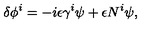
\delta \phi ^ { i } = - i \epsilon \gamma ^ { i } \psi + \epsilon N ^ { i } \psi ,